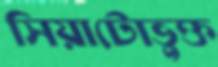
সিয়াটোভুক্ত